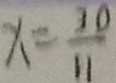
x = \frac { 3 0 } { 1 1 }